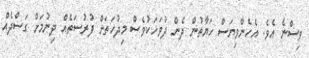
ވިސްނެ އެވެ. އެހެންވިޔަސް ހަޔާތުން ދެން ދުވަހަކުވެސް މިދުހަތަށް ފުރުސަތެއް ދިނުމަށް ގަސްދެއް